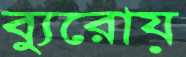
ব্যুরোয়